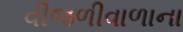
વીજળીવાળાના